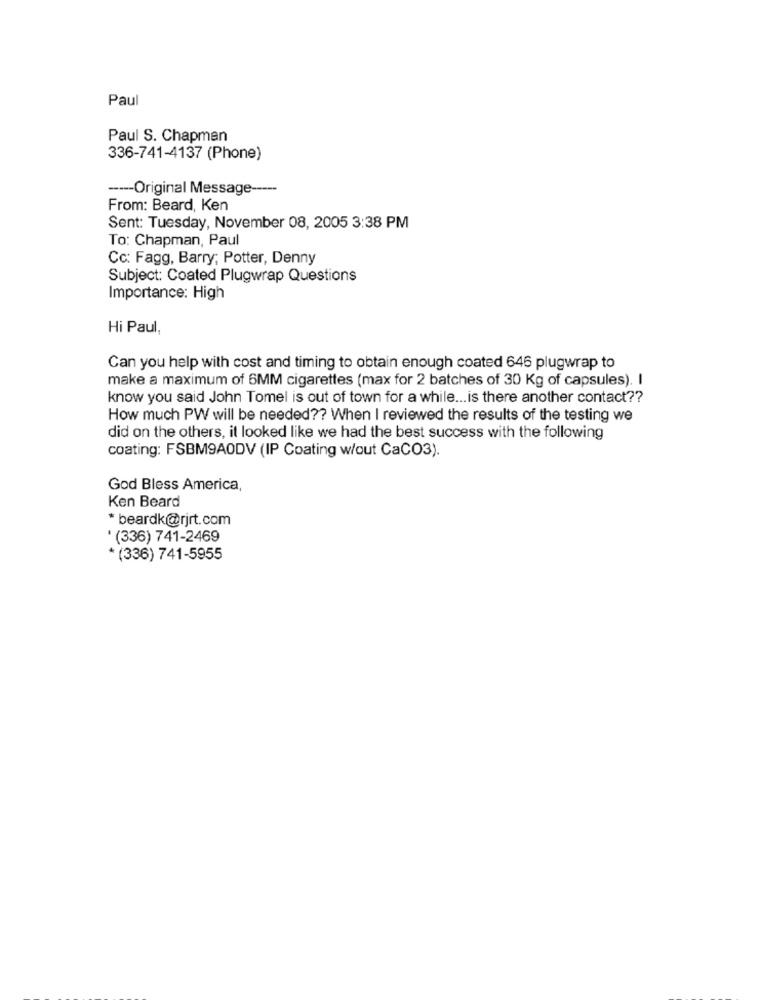
Paul
Paul S. Chapman
336-741-4137 (Phone)
----- Original Message-
From: Beard, Ken
Sent: Tuesday, November 08, 2005 3:38 PM
To: Chapman, Paul
Cc: Fagg, Barry; Potter, Denny
Subject: Coated Plugwrap Questions
Importance: High
Hi Paul,
Can you help with cost and timing to obtain enough coated 646 plugwrap to
make a maximum of 6MM cigarettes (max for 2 batches of 30 Kg of capsules). I
know you said John Tomel is out of town for a while ... is there another contact ??
How much PW will be needed ?? When I reviewed the results of the testing we
did on the others, it looked like we had the best success with the following
coating: FSBM9AODV (IP Coating w/out CaCO3).
God Bless America,
Ken Beard
*beardk@rjrt.com
' (336) 741-2469
* (336) 741-5955